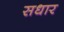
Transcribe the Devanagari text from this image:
सधार